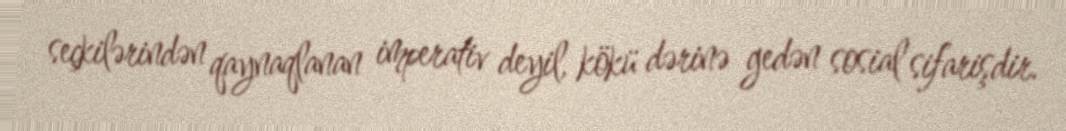
seçkilərindən qaynaqlanan imperativ deyil, kökü dərinə gedən sosial sifarişdir.